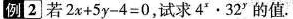
例[2]若$$2 x + 5 y - 4 = 0$$ ，试求$$4 ^ { x } · 3 2 ^ { y }$$的值。